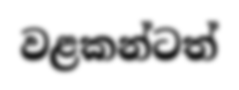
වළකන්ටත්